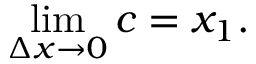
\operatorname* { l i m } _ { \Delta x \to 0 } c = x _ { 1 } .